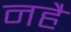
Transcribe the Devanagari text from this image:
नहै